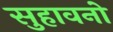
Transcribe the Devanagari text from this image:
सुहावनो